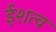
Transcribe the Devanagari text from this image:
ईशत्व